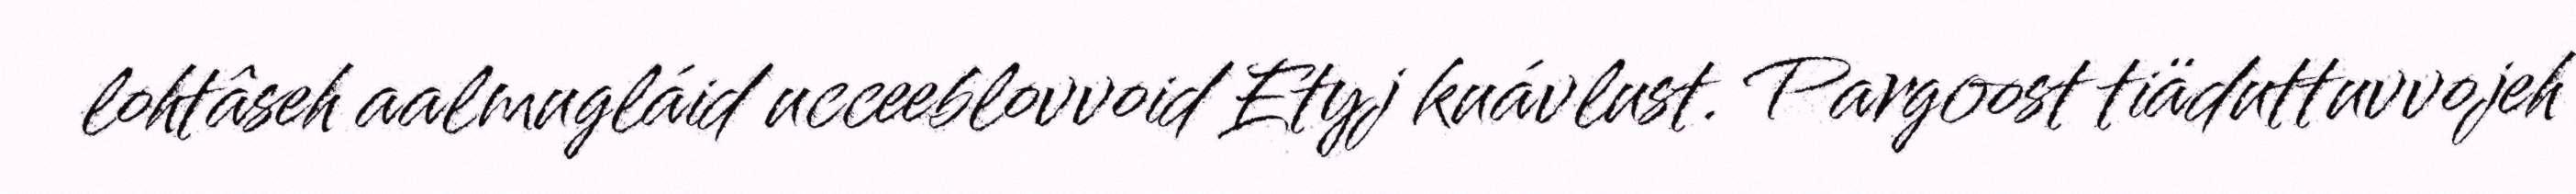
lohtâseh aalmugláid ucceeblovvoid Etyj kuávlust. Pargoost tiäduttuvvojeh